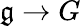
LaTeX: {\mathfrak{g}}\to G